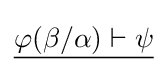
{\underline {\varphi (\beta /\alpha )\vdash \psi }}